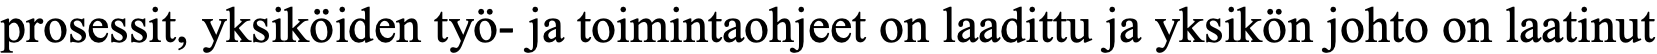
prosessit, yksiköiden työ- ja toimintaohjeet on laadittu ja yksikön johto on laatinut